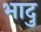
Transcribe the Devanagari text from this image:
भादु